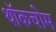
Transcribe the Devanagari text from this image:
थॉकचोम